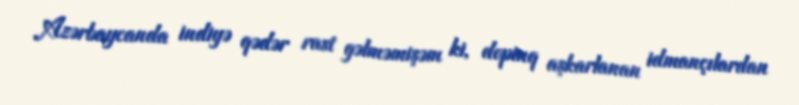
Azərbaycanda indiyə qədər rast gəlməmişəm ki, dopinq aşkarlanan idmançılardan